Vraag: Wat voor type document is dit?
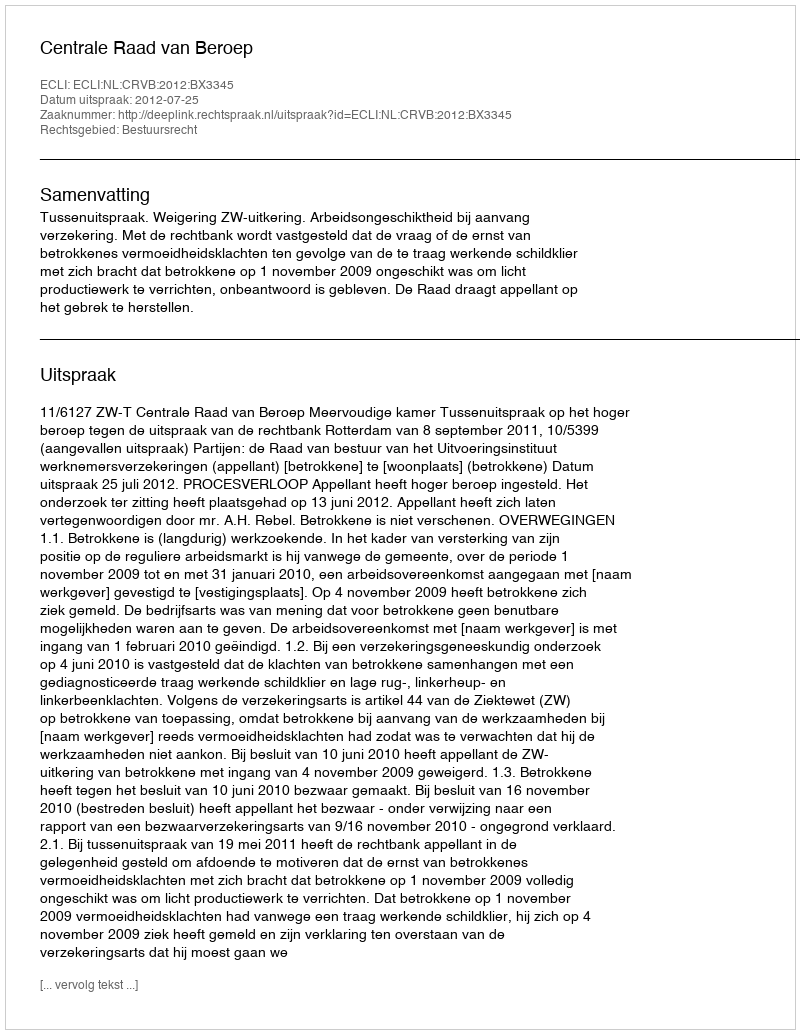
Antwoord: Uitspraak